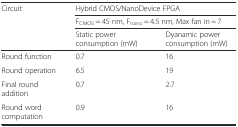
<table><thead><tr><td rowspan="3"><b>Circuit</b></td><td colspan="2"><b>Hybrid CMOS/NanoDevice FPGA</b></td></tr><tr><td colspan="2"><b>F<sub>CMOS</sub> = 45 nm, F<sub>nano</sub> = 4.5 nm, Max fan in = 7</b></td></tr><tr><td><b>Static power consumption (mW)</b></td><td><b>Dyanamic power consumption (mW)</b></td></tr></thead><tbody><tr><td>Round function</td><td>0.7</td><td>16</td></tr><tr><td>Round operation</td><td>6.5</td><td>19</td></tr><tr><td>Final round addition</td><td>0.7</td><td>2.7</td></tr><tr><td>Round word computation</td><td>0.9</td><td>16</td></tr></tbody></table>